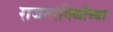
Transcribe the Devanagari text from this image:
राजतरंगिणीच्या